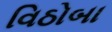
વિઠોબા